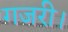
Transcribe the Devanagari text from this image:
गजरी।